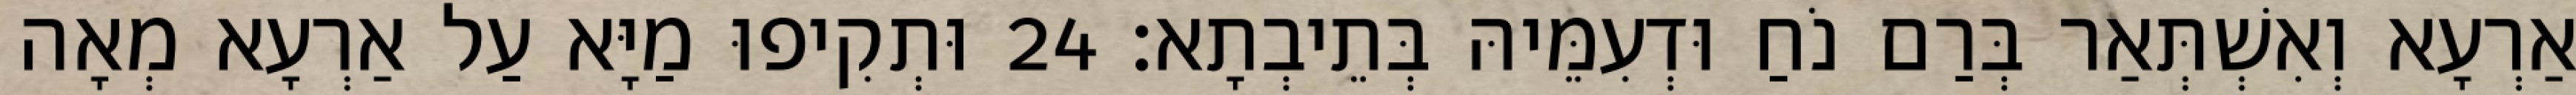
אַרְעָא וְאִשְׁתְּאַר בְּרַם נֹחַ וּדְעִמֵּיהּ בְּתֵיבְתָא׃ 24 וּתְקִיפוּ מַיָּא עַל אַרְעָא מְאָה